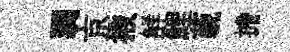
弱京掖觧鯉藐擔